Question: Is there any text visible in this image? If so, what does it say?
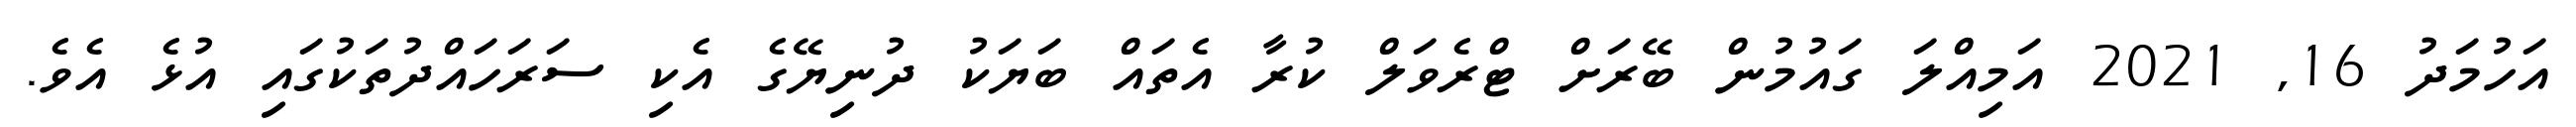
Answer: އަހުމަދު 16, 2021 އަމިއްލަ ގައުމުން ބޭރަށް ޓްރެވަލް ކުރާ އެތައް ބަޔަކު ދުނިޔޭގެ އެކި ސަރަހައްދުތަކުގައި އުޅެ އެވެ.